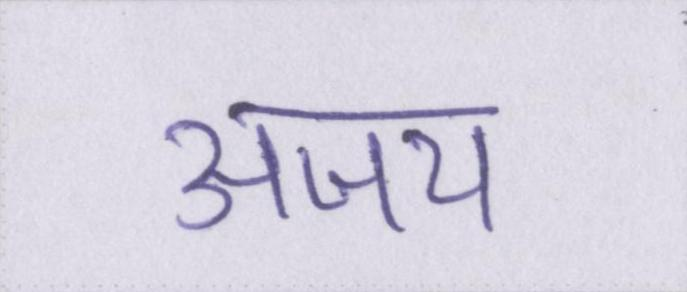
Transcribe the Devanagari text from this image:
अजय